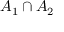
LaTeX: A _ { 1 } \cap A _ { 2 }